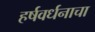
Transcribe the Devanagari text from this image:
हर्षवर्धनाचा